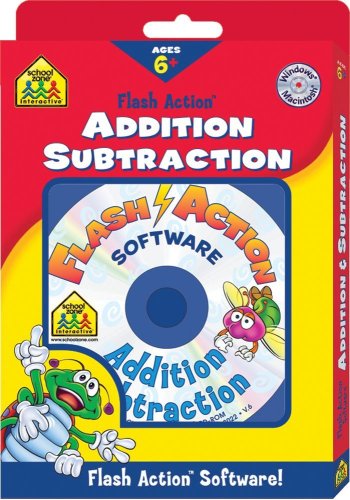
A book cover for Addition and Subtraction Flash Action Software (School Zone Interactive Flash Action Software); School Zone Publishing Interactive Staff; Children's Books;